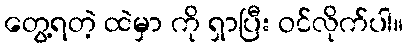
တွေ့ရတဲ့ ထဲမှာ ကို ရှာပြီး ဝင်လိုက်ပါ။